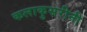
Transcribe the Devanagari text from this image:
कलाकुसरीनी